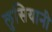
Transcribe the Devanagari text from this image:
लुसियानी